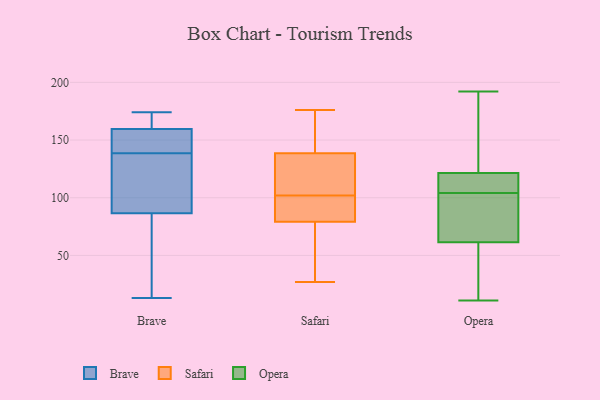
{"axis": {"x": "LTV (USD)", "y": "Value"}, "legend": ["Brave", "Opera", "Safari"], "data": [{"x": "", "y": 166, "type": "Brave"}, {"x": "", "y": 174, "type": "Brave"}, {"x": "", "y": 123, "type": "Brave"}, {"x": "", "y": 50, "type": "Brave"}, {"x": "", "y": 34, "type": "Brave"}, {"x": "", "y": 126, "type": "Brave"}, {"x": "", "y": 13, "type": "Brave"}, {"x": "", "y": 159, "type": "Brave"}, {"x": "", "y": 141, "type": "Brave"}, {"x": "", "y": 160, "type": "Brave"}, {"x": "", "y": 148, "type": "Brave"}, {"x": "", "y": 136, "type": "Brave"}, {"x": "", "y": 36, "type": "Safari"}, {"x": "", "y": 171, "type": "Safari"}, {"x": "", "y": 27, "type": "Safari"}, {"x": "", "y": 99, "type": "Safari"}, {"x": "", "y": 176, "type": "Safari"}, {"x": "", "y": 136, "type": "Safari"}, {"x": "", "y": 102, "type": "Safari"}, {"x": "", "y": 77, "type": "Safari"}, {"x": "", "y": 133, "type": "Safari"}, {"x": "", "y": 80, "type": "Safari"}, {"x": "", "y": 127, "type": "Safari"}, {"x": "", "y": 95, "type": "Safari"}, {"x": "", "y": 146, "type": "Safari"}, {"x": "", "y": 116, "type": "Opera"}, {"x": "", "y": 106, "type": "Opera"}, {"x": "", "y": 129, "type": "Opera"}, {"x": "", "y": 30, "type": "Opera"}, {"x": "", "y": 104, "type": "Opera"}, {"x": "", "y": 80, "type": "Opera"}, {"x": "", "y": 11, "type": "Opera"}, {"x": "", "y": 94, "type": "Opera"}, {"x": "", "y": 72, "type": "Opera"}, {"x": "", "y": 192, "type": "Opera"}, {"x": "", "y": 30, "type": "Opera"}, {"x": "", "y": 119, "type": "Opera"}, {"x": "", "y": 155, "type": "Opera"}]}